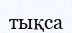
тықса